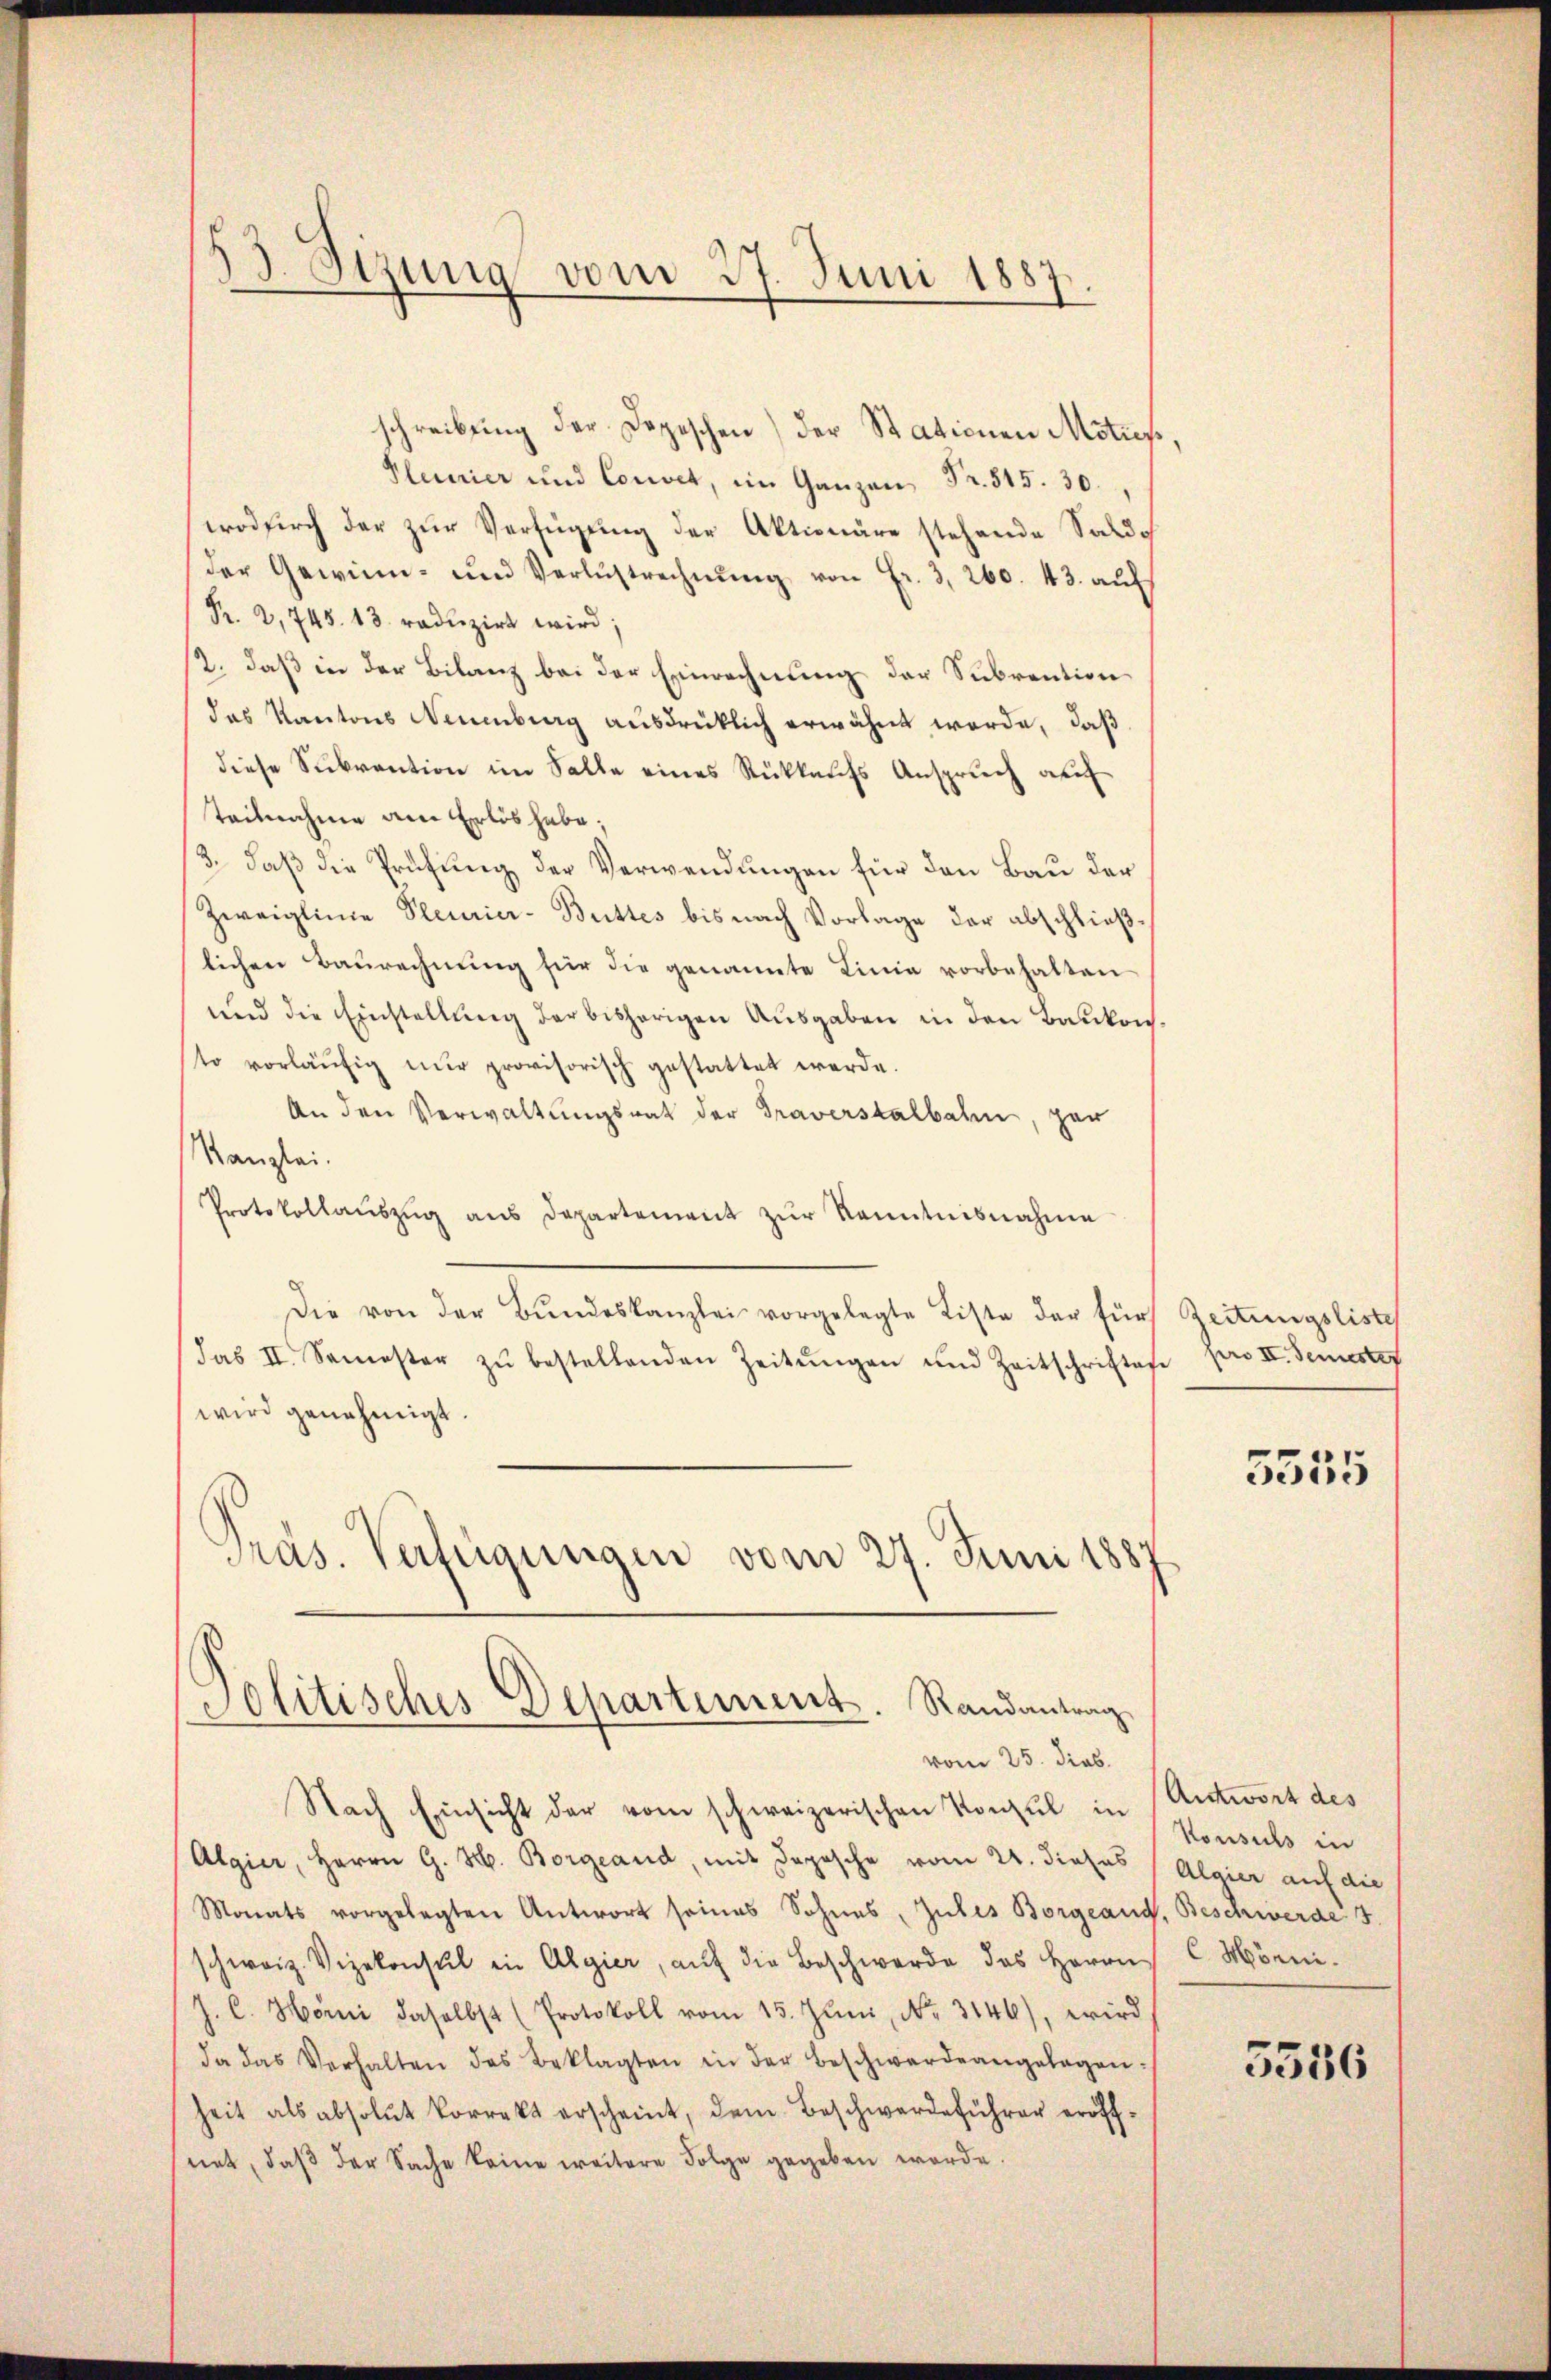
33. Sizung vom 27. Juni 1887.

schreibung der Depeschen) der Stationen Motis
Pleurier und Convet, im Ganzen Fr. 315. 30.
wodurch der zŭr Verfügung der Aktionäre stehende Saldo
Der Gewinn- und Verlustrechnŭng von Fr. 3, 260. 43. auf
Pr. 2, 745. 13. reduzirt wird;
2. daß in der Bilanz bei der Einrechnung der Subvention
das Kantons Neuenburg ausdrücklich erwähnt werde, daß
diese Subvention im Salle eines Rückkaufs Anspruch auf
teilnahme am Erlös habe;
3. daß die Prüfung der Verwendungen für den Bau der
Zweiglinie Pleurier-Buttes bis nach Vorlage der abschließlichen Baurechnung für die genannte Linie vorbehalten
und die Einstellŭng der bisherigen Ausgaben in den Baukon.
sto vorläŭfig nŭr provisorisch gestattet werde.
An den Verwaltungsrat der Traverstalbahn, ger
Kanzlei.
Protokollaŭszŭg ans Departement zŭr Kenntnisnahme
Die von der Bŭndeskanzlei vorgelegte Liste der für
das II. Semester zŭ bestellenden Zeitŭngen und Zeitschriftes pro II. Semester
wird genehmigt.
Präs. Verfügungen vom 27. Juni 1887
Politisches Departement. Randantrag

vom 25. dies
Nach Einsicht der vom schweizerischen Konsul in Antwort des
Algier, Herrn G. H. Borgeand, mit Depesche vom 24. dieses Algier auf die
Monats vorgelegten Antwort seines Sohnes, Zules Borgeang, Beschwerde
schweiz. Vizekonsul in Algier, auf die Beschwerde des Herrn
J. C. Hörni daselbst (Protokoll vom 15. Jŭni, No. 3146), wird
da das Verhalten des Beklagten in der Beschwerdeangelegen-
heit als absolut korrekt erscheint, dem Beschwerdeführer eröffnet, daβ der Sache keine weitere Folge gegeben worde.

Zeitungsliste
5555

Konsuls in
C Mönni.

5556